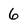
Character: 6